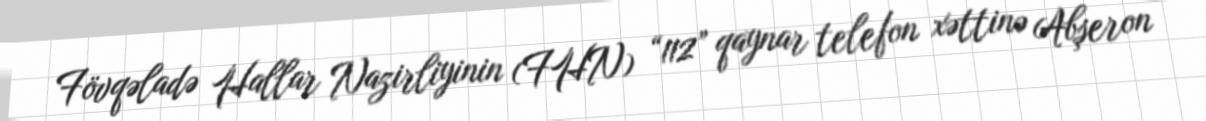
Fövqəladə Hallar Nazirliyinin (FHN) “112” qaynar telefon xəttinə Abşeron